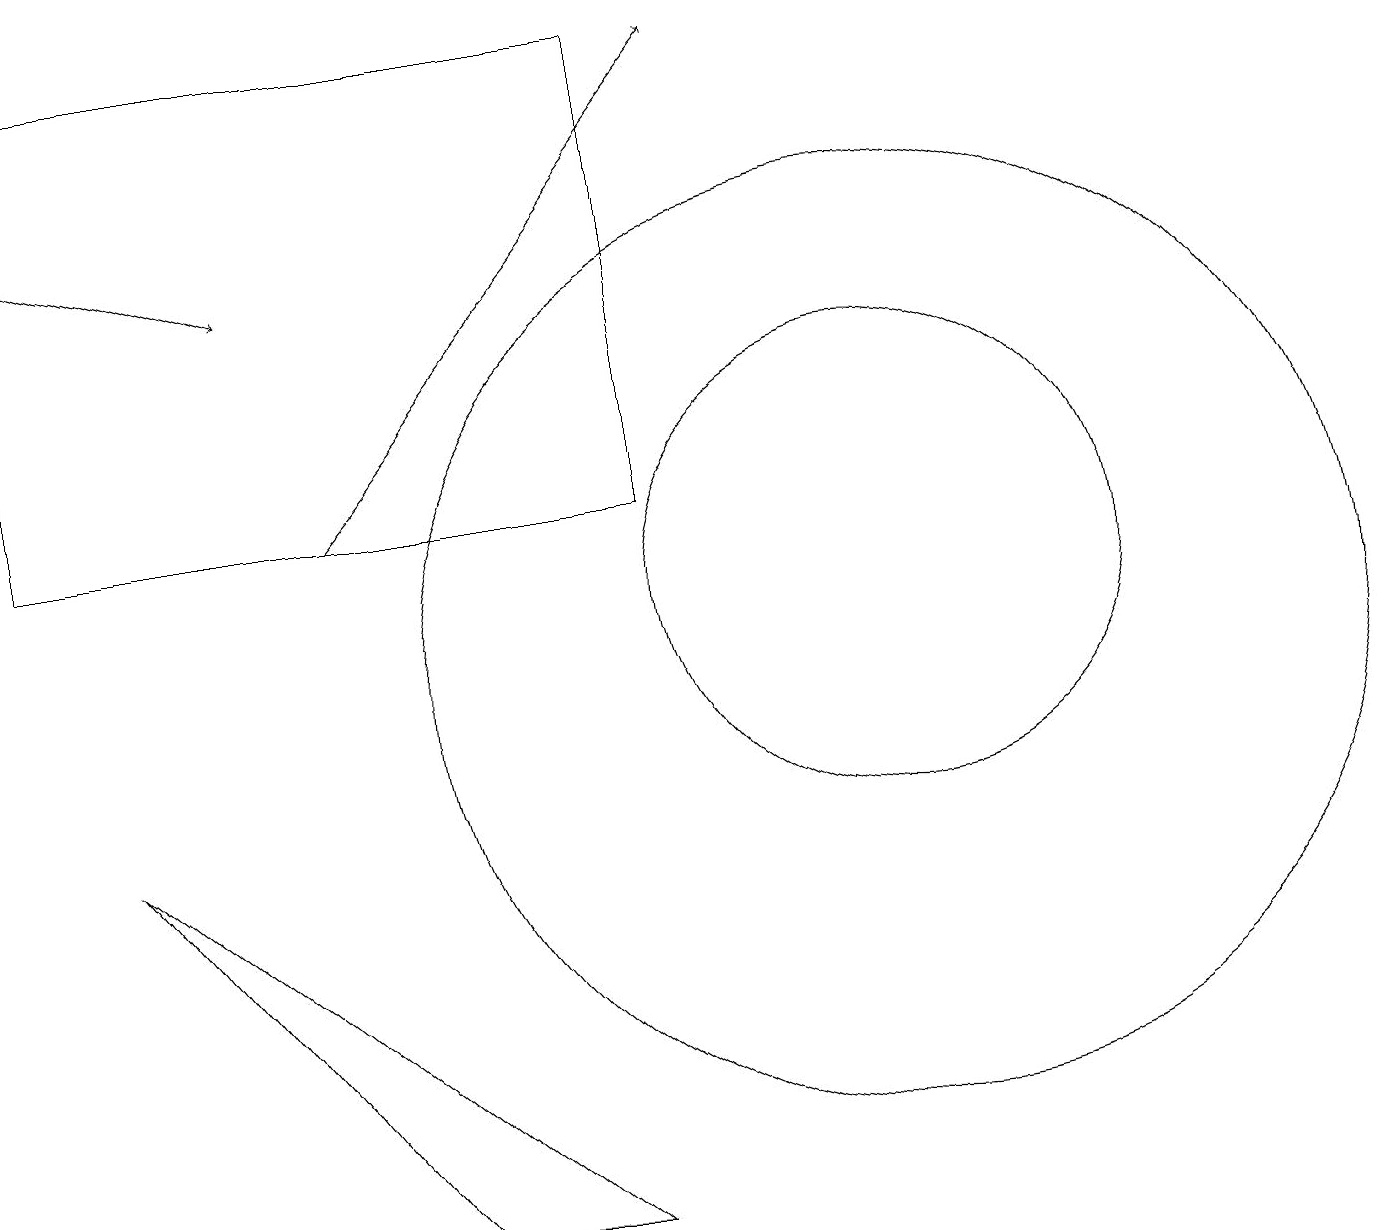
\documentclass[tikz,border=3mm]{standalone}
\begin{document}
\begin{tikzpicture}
\draw (11,10) circle (6);
\draw (0,18) rectangle (8,12);
\draw (5,3) -- (7,3) -- (1,8) -- cycle;
\draw[->] (4,12) -- (9,18);
\draw (11,11) circle (3);
\draw[->] (0,16) -- (3,15);
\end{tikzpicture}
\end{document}